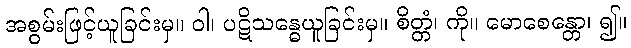
အစွမ်းဖြင့်ယူခြင်းမှ။ ဝါ၊ ပဋိသန္ဓေယူခြင်းမှ။ စိတ္တံ၊ ကို။ မောစေန္တော၊ ၍။